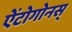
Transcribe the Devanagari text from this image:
ऐंटोगोनस्‌